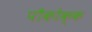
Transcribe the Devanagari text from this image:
पौकोक्क